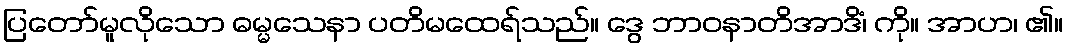
ပြတော်မူလိုသော ဓမ္မသေနာ ပတိမထေရ်သည်။ ဒွေ ဘာဝနာတိအာဒိံ၊ ကို။ အာဟ၊ ၏။